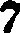
7